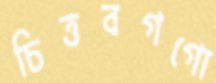
চিত্তবগগো